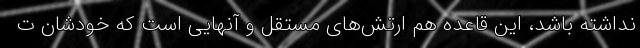
نداشته باشد، این قاعده هم ارتش‌های مستقل و آنهایی است که خودشان ت